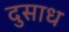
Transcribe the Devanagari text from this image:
दुसाध